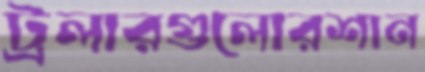
ট্রলারগুলোরশান